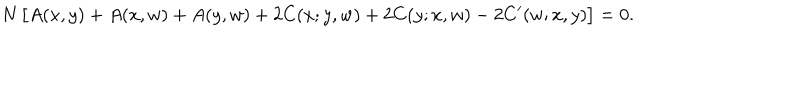
N \, \bigl [ A ( x , y ) + A ( x , w ) + A ( y , w ) + 2 C ( x ; y , w ) + 2 C ( y ; x , w ) - 2 C ^ { \prime } ( w ; x , y ) \bigr ] = 0 .